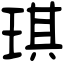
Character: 琪